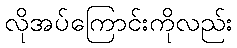
လိုအပ်ကြောင်းကိုလည်း